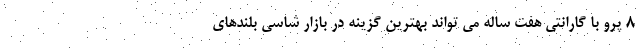
8 پرو با گارانتی هفت ساله می تواند بهترین گزینه در بازار شاسی بلندهای